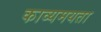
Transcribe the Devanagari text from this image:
काव्यमयता